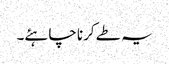
یہ طے کرنا چاہئے۔